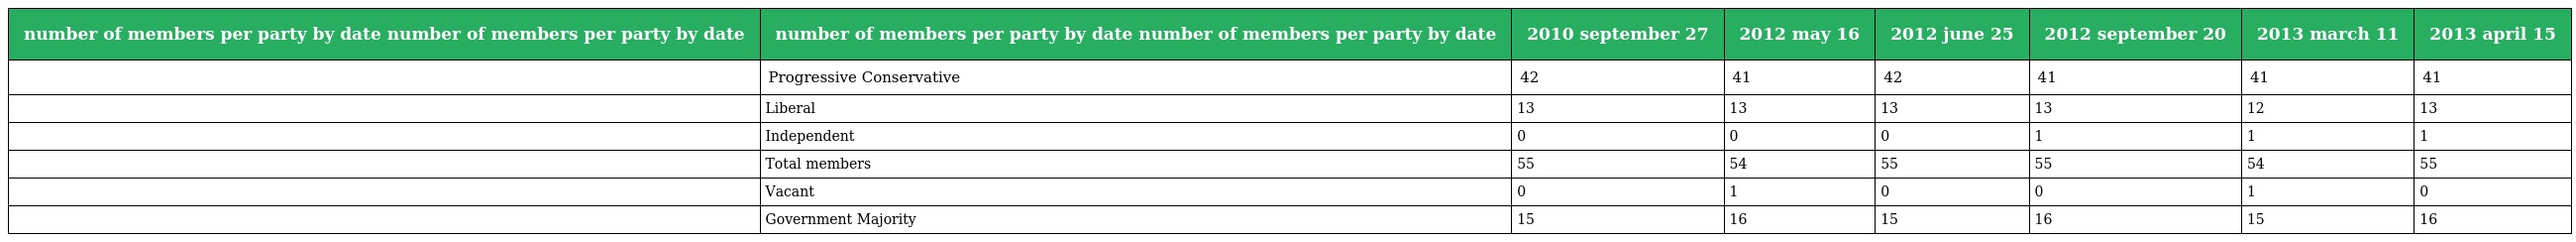
| number of members per party by date number of members per party by date | number of members per party by date number of members per party by date | 2010 september 27 | 2012 may 16 | 2012 june 25 | 2012 september 20 | 2013 march 11 | 2013 april 15 |
 | --- | --- | --- | --- | --- | --- | --- | --- |
 |  | Progressive Conservative | 42 | 41 | 42 | 41 | 41 | 41 |
 |  | Liberal | 13 | 13 | 13 | 13 | 12 | 13 |
 |  | Independent | 0 | 0 | 0 | 1 | 1 | 1 |
 |  | Total members | 55 | 54 | 55 | 55 | 54 | 55 |
 |  | Vacant | 0 | 1 | 0 | 0 | 1 | 0 |
 |  | Government Majority | 15 | 16 | 15 | 16 | 15 | 16 |